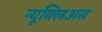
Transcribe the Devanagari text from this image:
न्यूक्लिअस